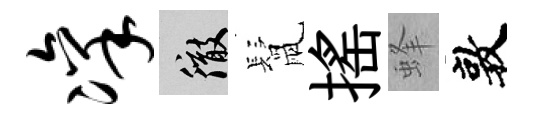
凛徹鬛揺蜂敦